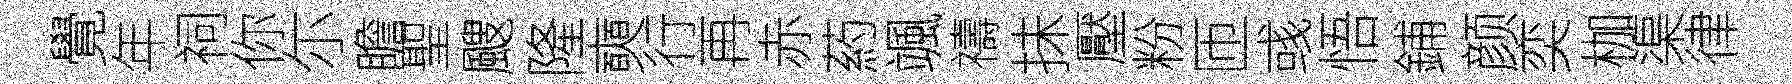
覺年祠你尓瞻聖颼隆奭行再赤葯颯禱抺壓粉匝彧悟鋪颜奕枷渠律